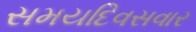
સમયદિવસવાર